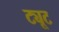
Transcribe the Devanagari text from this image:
ट्यूट